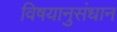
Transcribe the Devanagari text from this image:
विषयानुसंधान